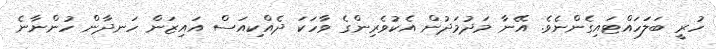
ހުރީ ބަލަހައްޓައިގެންނެވެ. އޭނާ މަދުމަދުން އެކުވެރިންގެ ވާހަކަ ދެއްކިއަސް އައިޒަން ހަނދާން ހުންނާނެ